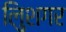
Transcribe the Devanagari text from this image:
लुिशगर